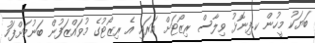
ބަޔަކު މީހުން ކ.ފިނޮޅު ވިލާސް ރިޒޯޓަށް އަރައި އެ ރިޒޯޓުގެ މުވައްޒަފުން ބަނުމަށްފަހު